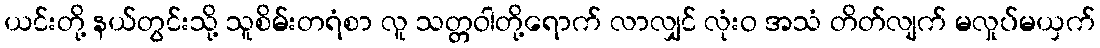
ယင်းတို့ နယ်တွင်းသို့ သူစိမ်းတရံစာ လူ သတ္တဝါတို့ရောက် လာလျှင် လုံးဝ အသံ တိတ်လျက် မလှုပ်မယှက်